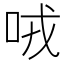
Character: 𠲦